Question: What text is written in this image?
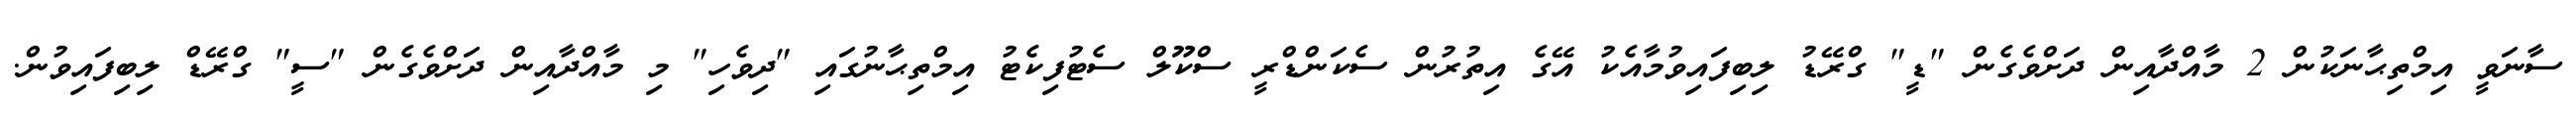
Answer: ސާނަވީ އިމްތިޙާނަކުން 2 މާއްދާއިން ދަށްވެގެން "ޑީ" ގްރޭޑު ލިބިފައިވުމާއެކު އޭގެ އިތުރުން ސެކަންޑްރީ ސްކޫލް ސެޓުފިކެޓު އިމްތިޙާނުގައި "ދިވެހި" މި މާއްދާއިން ދަށްވެގެން "ސީ" ގްރޭޑް ލިބިފައިވުން.